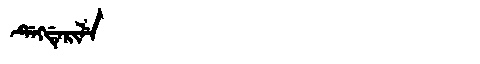
Manchu: ᡩᡝᡴᡩᡝᡵᡳᠯᡝ
Romanization: DEKDERILE